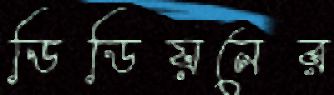
ডিডিয়নের